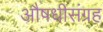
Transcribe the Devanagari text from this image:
औषधीसंग्रह